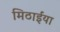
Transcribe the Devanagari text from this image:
मिठाईंया